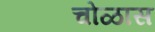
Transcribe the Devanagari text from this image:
चोळास